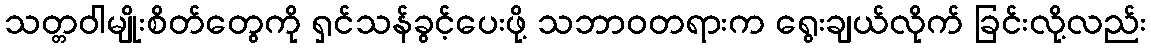
သတ္တဝါမျိုးစိတ်တွေကို ရှင်သန်ခွင့်ပေးဖို့ သဘာဝတရားက ရွေးချယ်လိုက် ခြင်းလို့လည်း